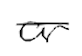
Text: or
Cross-out: single-line
Writing tool: digital_black